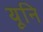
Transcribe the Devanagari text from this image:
यूनि